Report on lock hospitals in British Burma
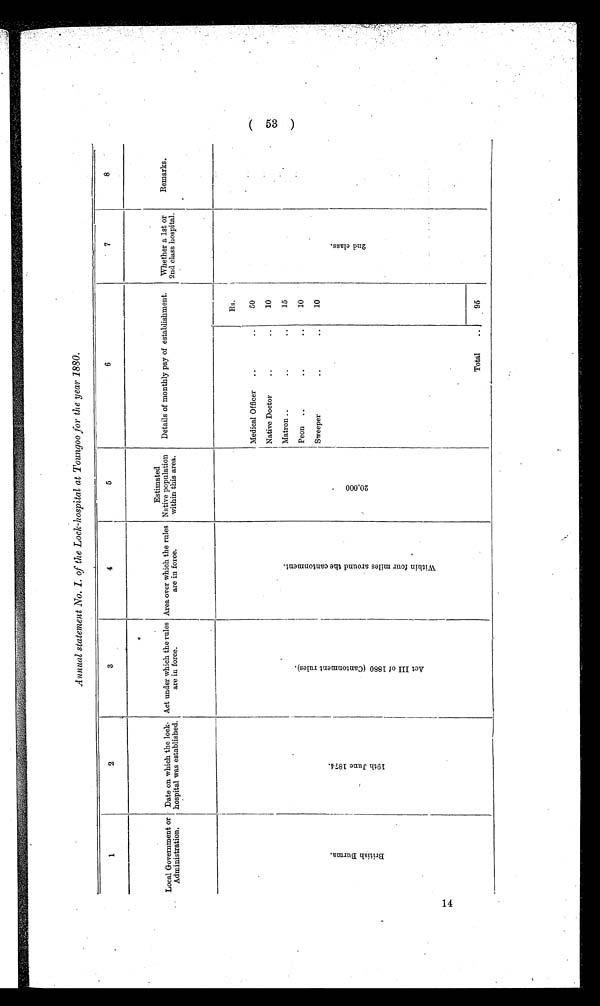
Annual statement No. I. of the Lock-hospital at Toungoo for the year 1880.
1
2
3
4
5
6
7
8
Local Government or
Administration.
Date on which the lock-
hospital was established.
Act under which the rules
are in force.
Area over which the rules
are in force.
Estimated
Native population
within this area.
Details of monthly pay of establishment.
Whether a 1st or
2nd class hospital.
Remarks.
B r i t i s h B u r m a .
1 9 t h J u n e 1 8 7 4 .
A c t I I I o f 1 8 8 0 ( C a n t o n m e n t r u l e s ) .
W i t h i n f o u r m i l e s a r o u n d t h e c a n t o n m e n t .
2 0 , 0 0 0
Rs.
2 n d c l a s s .
Medical Officer
..
..
50
Native Doctor
..
. .
10
Matron ..
. .
..
15
Peon
..
..
..
10
Sweeper
. .
. .
10
Total
..
95
53